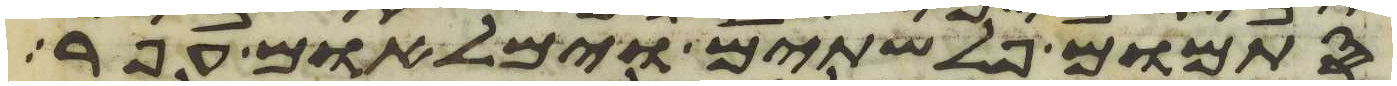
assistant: סתמום פלשתים וימלאום עפר